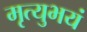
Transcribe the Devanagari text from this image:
मृत्युभयं